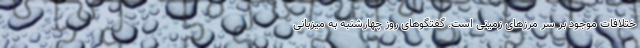
ختلافات موجود بر سر مرزهای زمینی است. گفتگوهای روز چهارشنبه به میزبانی